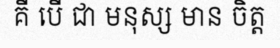
គឺ បើ ជា មនុស្ស មាន ចិត្ត